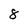
Character: 8